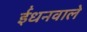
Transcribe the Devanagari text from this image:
ईंधनवाले